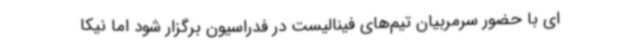
ای با حضور سرمربیان تیم‌های فینالیست در فدراسیون برگزار شود اما نیکا